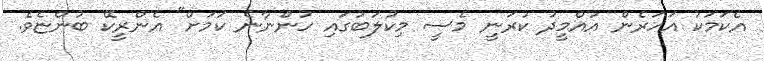
އެކަމަކު އަހަރެން އުއްމީދު ކުރަނީ މެސީ މިކުލަބުގައި ހުންނާނެ ކަމަށް" އެންރީކޭ ބުންޏެވެ.